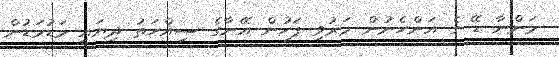
މަންނާ ޑޭ ގެ އަންހެނުން މަރުވި ފަހުން އޭނާގެ ސިއްހަތު ދިޔައީ މަޑުމަޑުން